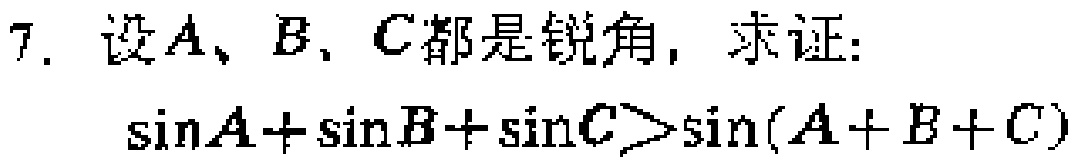
7. 设\(A、B、C\)都是锐角，求证：

\(\sin A+\sin B+\sin C>\sin(A + B + C)\)